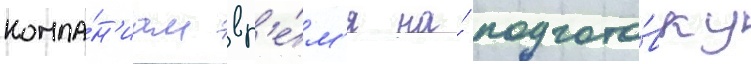
компа́н'иам вр'е́м'я на́ подгото́вку